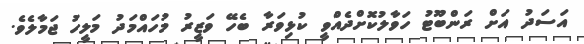
އަސަދު އަށް ރަންބޫޓު ހަވާލުކޮށްދެއްވީ ކުޅިވަރާ ބެހޭ ވަޒީރު މުހައްމަދު މަލީހު ޖަމާލެވެ.